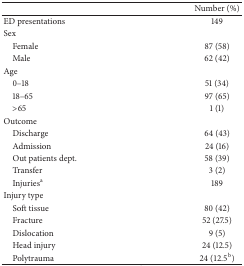
<table><thead><tr><td><b> </b></td><td><b>Number (%)</b></td></tr></thead><tbody><tr><td>ED presentations</td><td>149</td></tr><tr><td>Sex</td><td> </td></tr><tr><td> Female</td><td>87 (58)</td></tr><tr><td> Male</td><td>62 (42)</td></tr><tr><td>Age</td><td> </td></tr><tr><td> 0–18</td><td>51 (34)</td></tr><tr><td> 18–65</td><td>97 (65)</td></tr><tr><td> &gt;65</td><td>1 (1)</td></tr><tr><td>Outcome</td><td> </td></tr><tr><td> Discharge</td><td>64 (43)</td></tr><tr><td> Admission</td><td>24 (16)</td></tr><tr><td> Out patients dept.</td><td>58 (39)</td></tr><tr><td> Transfer</td><td>3 (2)</td></tr><tr><td> Injuries<sup>a</sup></td><td>189</td></tr><tr><td>Injury type</td><td> </td></tr><tr><td> Soft tissue</td><td>80 (42)</td></tr><tr><td> Fracture</td><td>52 (27.5)</td></tr><tr><td> Dislocation</td><td>9 (5)</td></tr><tr><td> Head injury</td><td>24 (12.5)</td></tr><tr><td> Polytrauma</td><td>24 (12.5<sup>b</sup>)</td></tr></tbody></table>